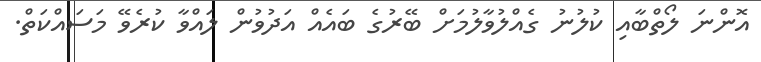
އޮންނަ ލޯތްބާއި ކުލުނު ގެއްލުވާލުމަށް ބޭރުގެ ބައެއް އަދުވުން ލައްވާ ކުރެވޭ މަސައްކަތް.